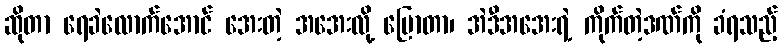
ဆိုတာ ရေခဲလောက်အောင် အေးတဲ့ အအေးလို့ ပြောတာ၊ အဲဒီအအေးရဲ့ ကိုက်တဲ့ဒဏ်ကို ခံရသည့်